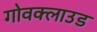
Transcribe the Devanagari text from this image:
गोवक्लाउड